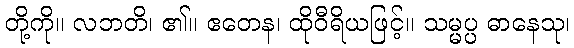
တို့ကို။ လဘတိ၊ ၏။ ဧတေန၊ ထိုဝီရိယဖြင့်။ သမ္မပ္ပ ဓာနေသု၊